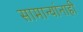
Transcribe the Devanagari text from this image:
सामान्यांनाही